65_HS1-834228961_62-HQ-83894_Section_3
Agency: FBI
Page 54
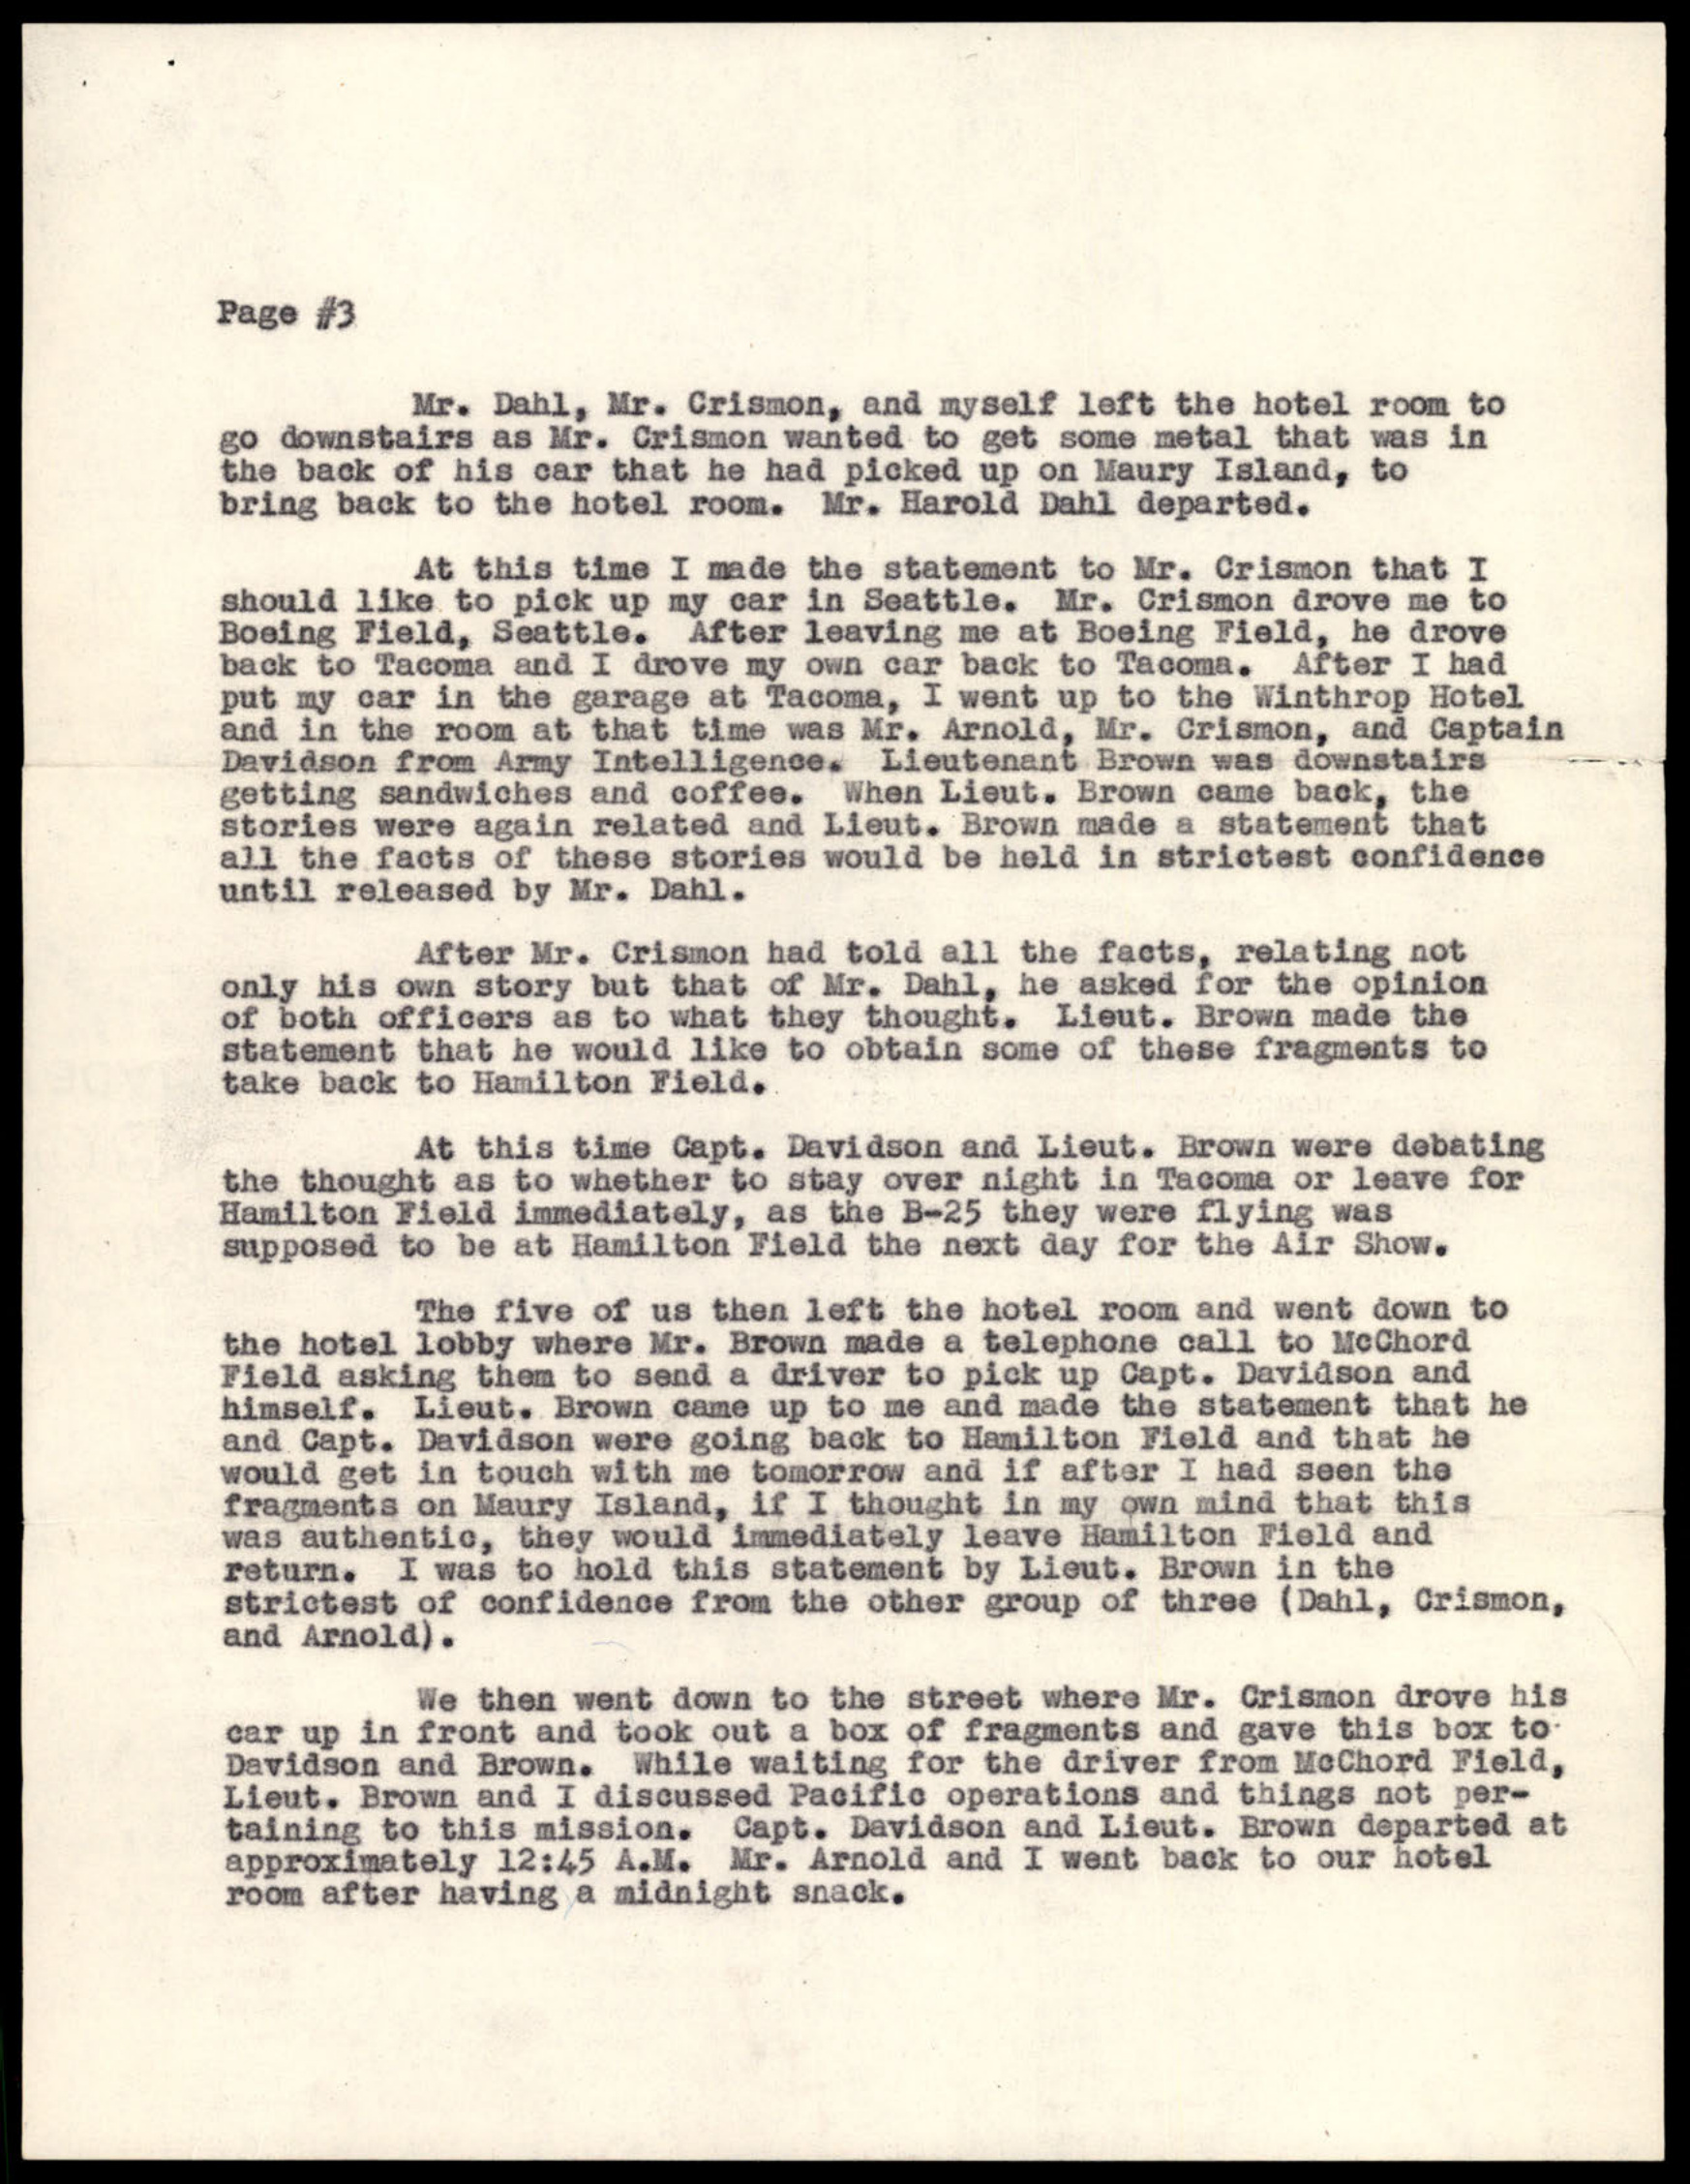